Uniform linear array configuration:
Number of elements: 12
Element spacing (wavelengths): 0.75
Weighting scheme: uniform
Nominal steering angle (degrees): -30
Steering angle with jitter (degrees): -30.35
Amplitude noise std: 0.05
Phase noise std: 0.05

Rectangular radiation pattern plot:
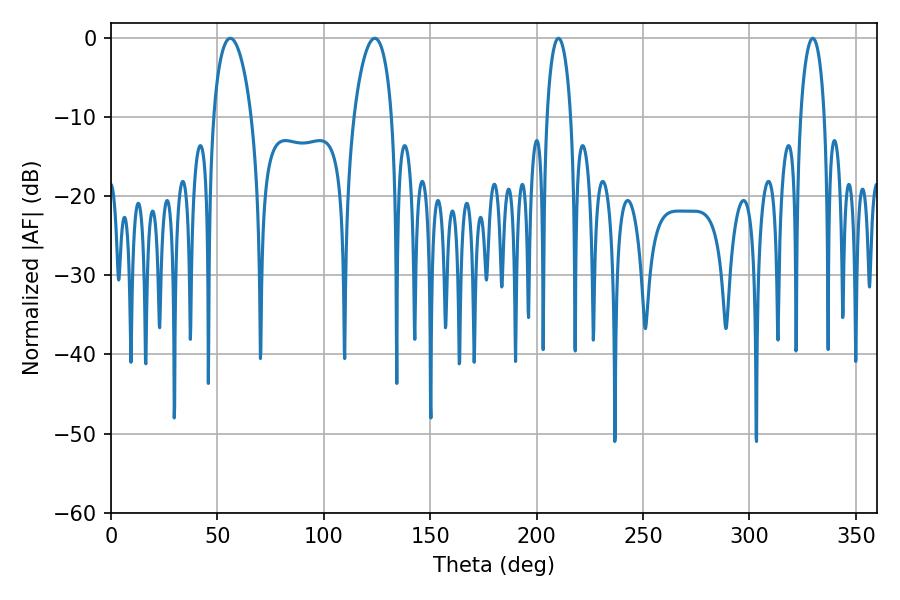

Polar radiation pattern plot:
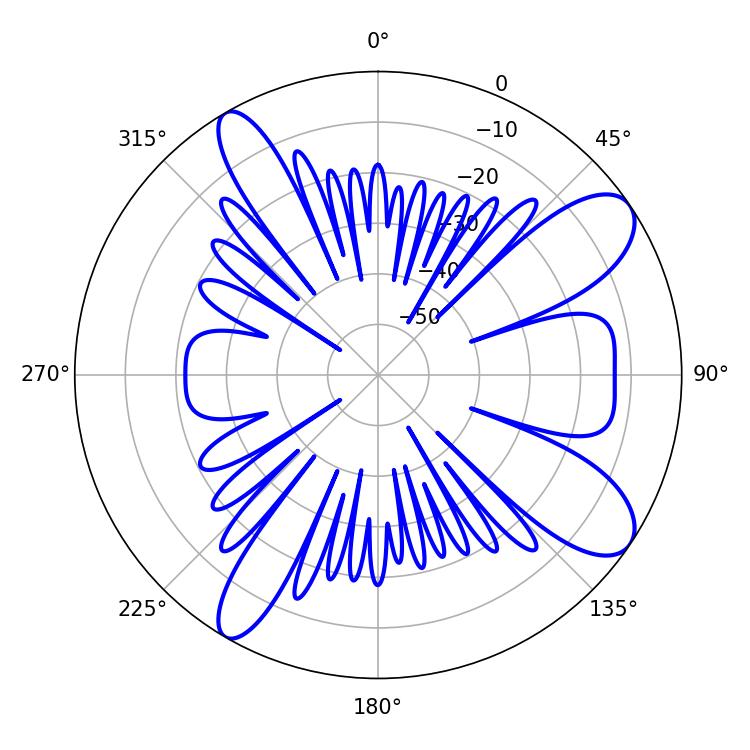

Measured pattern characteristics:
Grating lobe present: TRUE
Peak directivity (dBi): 9.826
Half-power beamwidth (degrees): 6.3
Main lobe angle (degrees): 210.24